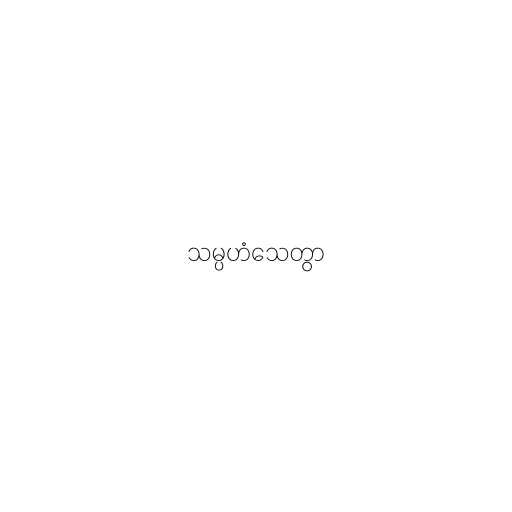
သမ္ပဟံသေတွာ